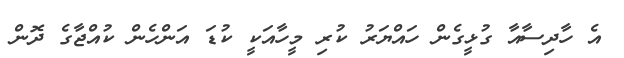
އެ ހާދިސާއާ ގުޅީގެން ހައްޔަރު ކުރި މީހާއަކީ ކުޑަ އަންހެން ކުއްޖާގެ ދޮން